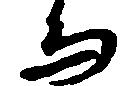
而